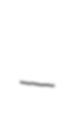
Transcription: –